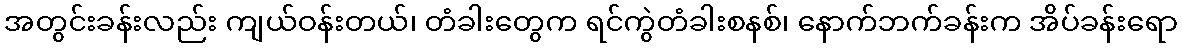
အတွင်းခန်းလည်း ကျယ်ဝန်းတယ်၊ တံခါးတွေက ရင်ကွဲတံခါးစနစ်၊ နောက်ဘက်ခန်းက အိပ်ခန်းရော